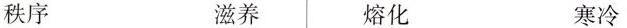
秩序 滋养 熔化 寒冷